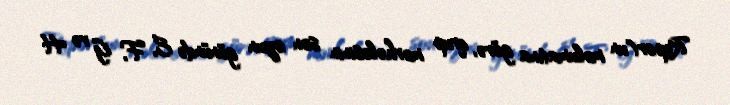
Report"un məlumatına görə, qrup mərhələsinin son oyun günündə E, F, G və H